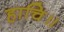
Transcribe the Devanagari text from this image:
हाचि॥